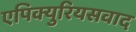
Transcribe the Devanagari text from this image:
एपिक्युरियसवाद